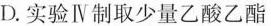
D.实验Ⅳ制取少量乙酸乙酯